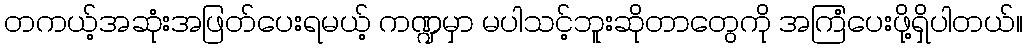
တကယ့်အဆုံးအဖြတ်ပေးရမယ့် ကဏ္ဍမှာ မပါသင့်ဘူးဆိုတာတွေကို အကြံပေးဖို့ရှိပါတယ်။